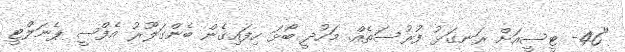
"46- ޓީސީއަށް ރަނގަޅު ފުރުސަތެއް. މަހުދީ ބޯޅަ ހިފައިގެން ބެންގަލޫރު އެފްސީ ޕެނަލްޓީ